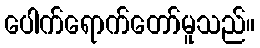
ပေါက်ရောက်တော်မူသည်။